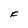
Character: F